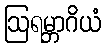
ဩရမ္ဘာဂိယံ